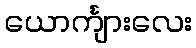
ယောင်္ကျားလေး